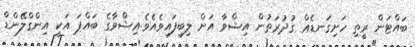
ބައްޓަން ރީތި ހަށިގަނޑެޢް ގުދުރަތުން އިޝްވާ އަށް ލިބިފައިވެއެވެ.ޢިޝްވާގެ ބައްޕަ އަކީ އިންގްލޭންޑް